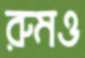
রুমও